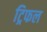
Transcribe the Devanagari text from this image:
ट्रिफल